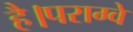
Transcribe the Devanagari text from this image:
है।पराग्वे